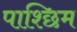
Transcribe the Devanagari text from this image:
पाश्छिम